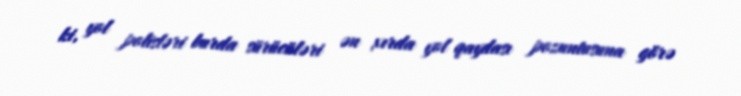
ki, yol polisləri burda sürücüləri ən xırda yol qaydası pozuntusuna görə